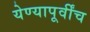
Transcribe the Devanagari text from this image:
येण्यापूर्वींच